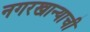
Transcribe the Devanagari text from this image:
नगरखान्याची